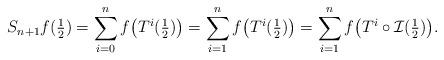
LaTeX: \begin{align*}S_{n+1}f(\tfrac{1}{2})=\sum_{i=0}^{n}f\big(T^{i}(\tfrac{1}{2})\big)=\sum_{i=1}^{n}f\big(T^{i}(\tfrac{1}{2})\big)=\sum_{i=1}^{n}f\big(T^{i}\circ \mathcal I(\tfrac{1}{2})\big).\end{align*}